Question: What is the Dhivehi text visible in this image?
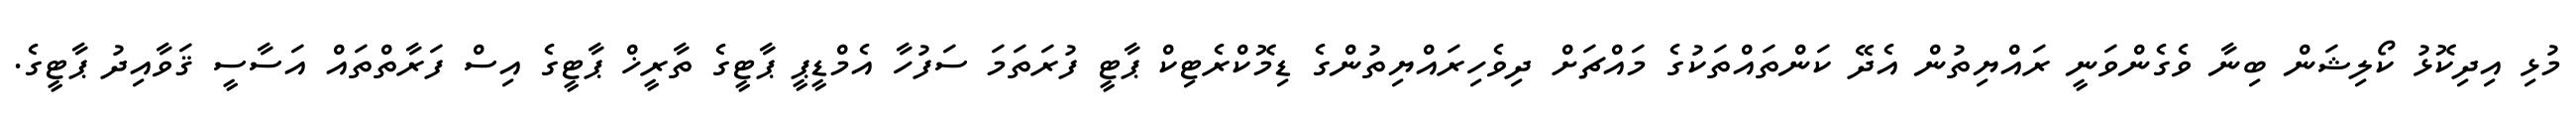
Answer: މުޅި އިދިކޮޅު ކޯލިޝަން ބިނާ ވެގެންވަނީ ރައްޔިތުން އެދޭ ކަންތައްތަކުގެ މައްޗަށް ދިވެހިރައްޔިތުންގެ ޑިމޮކްރެޓިކް ޕާޓީ ފުރަތަމަ ސަފުހާ އެމްޑީޕީ ޕާޓީގެ ތާރީޚް ޕާޓީގެ އިސް ފަރާތްތައް އަސާސީ ޤަވާއިދު ޕާޓީގެ.